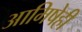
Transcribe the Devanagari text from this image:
आमिषेही